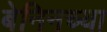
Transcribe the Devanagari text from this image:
बेनिनच्या